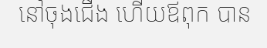
នៅចុងជើង ហើយឪពុក បាន